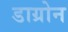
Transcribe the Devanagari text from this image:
डाग्रोन